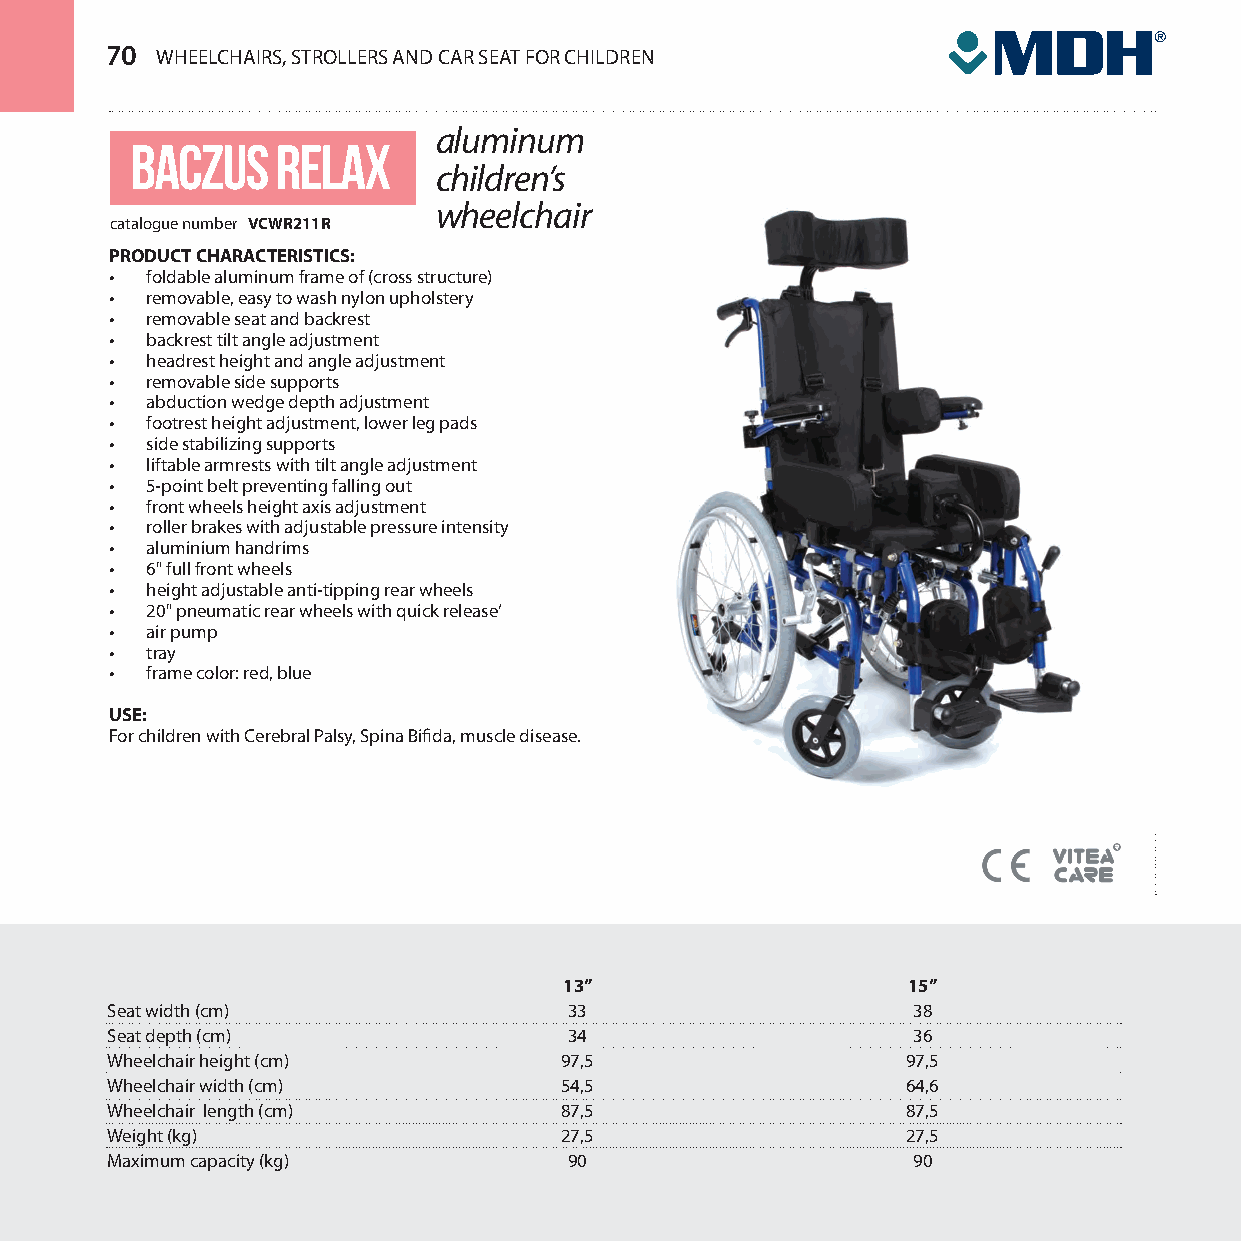
70 WHEELCHAIRS, STROLLERS AND CAR SEAT FOR CHILDREN
 aluminum
 baczus   relax
 children’s
 wheelchair
 catalogue number VCWR211R
 PRODUCT CHARACTERISTICS:
 •  foldable aluminum frame of (cross structure)
 •  removable, easy to wash nylon upholstery
 •  removable seat and backrest
 •  backrest tilt angle adjustment
 •  headrest height and angle adjustment
 •  removable side supports
 •  abduction wedge depth adjustment
 •  footrest height adjustment, lower leg pads
 •  side stabilizing supports
 •  liftable armrests with tilt angle adjustment
 •  5-point belt preventing falling out
 •  front wheels height axis adjustment
 •  roller brakes with adjustable pressure intensity
 •  aluminium handrims
 •  6" full front wheels
 •  height adjustable anti-tipping rear wheels
 •  20" pneumatic rear wheels with quick release’
 •  air pump
 •  tray
 •  frame color: red, blue
 USE:
 For children with Cerebral Palsy, Spina Bifida, muscle disease.
 13”                    15”
 Seat width (cm)                33                    38
 Seat depth (cm)                34                    36
 Wheelchair height (cm)        97,5                   97,5
 Wheelchair width (cm)         54,5                   64,6
 Wheelchair length (cm)        87,5                   87,5
 Weight (kg)                   27,5                   27,5
 Maximum capacity (kg)          90                    90